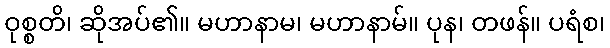
ဝုစ္စတိ၊ ဆိုအပ်၏။ မဟာနာမ၊ မဟာနာမ်။ ပုန၊ တဖန်။ ပရံစ၊